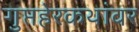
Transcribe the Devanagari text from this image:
गुप्तहेरकथांवर